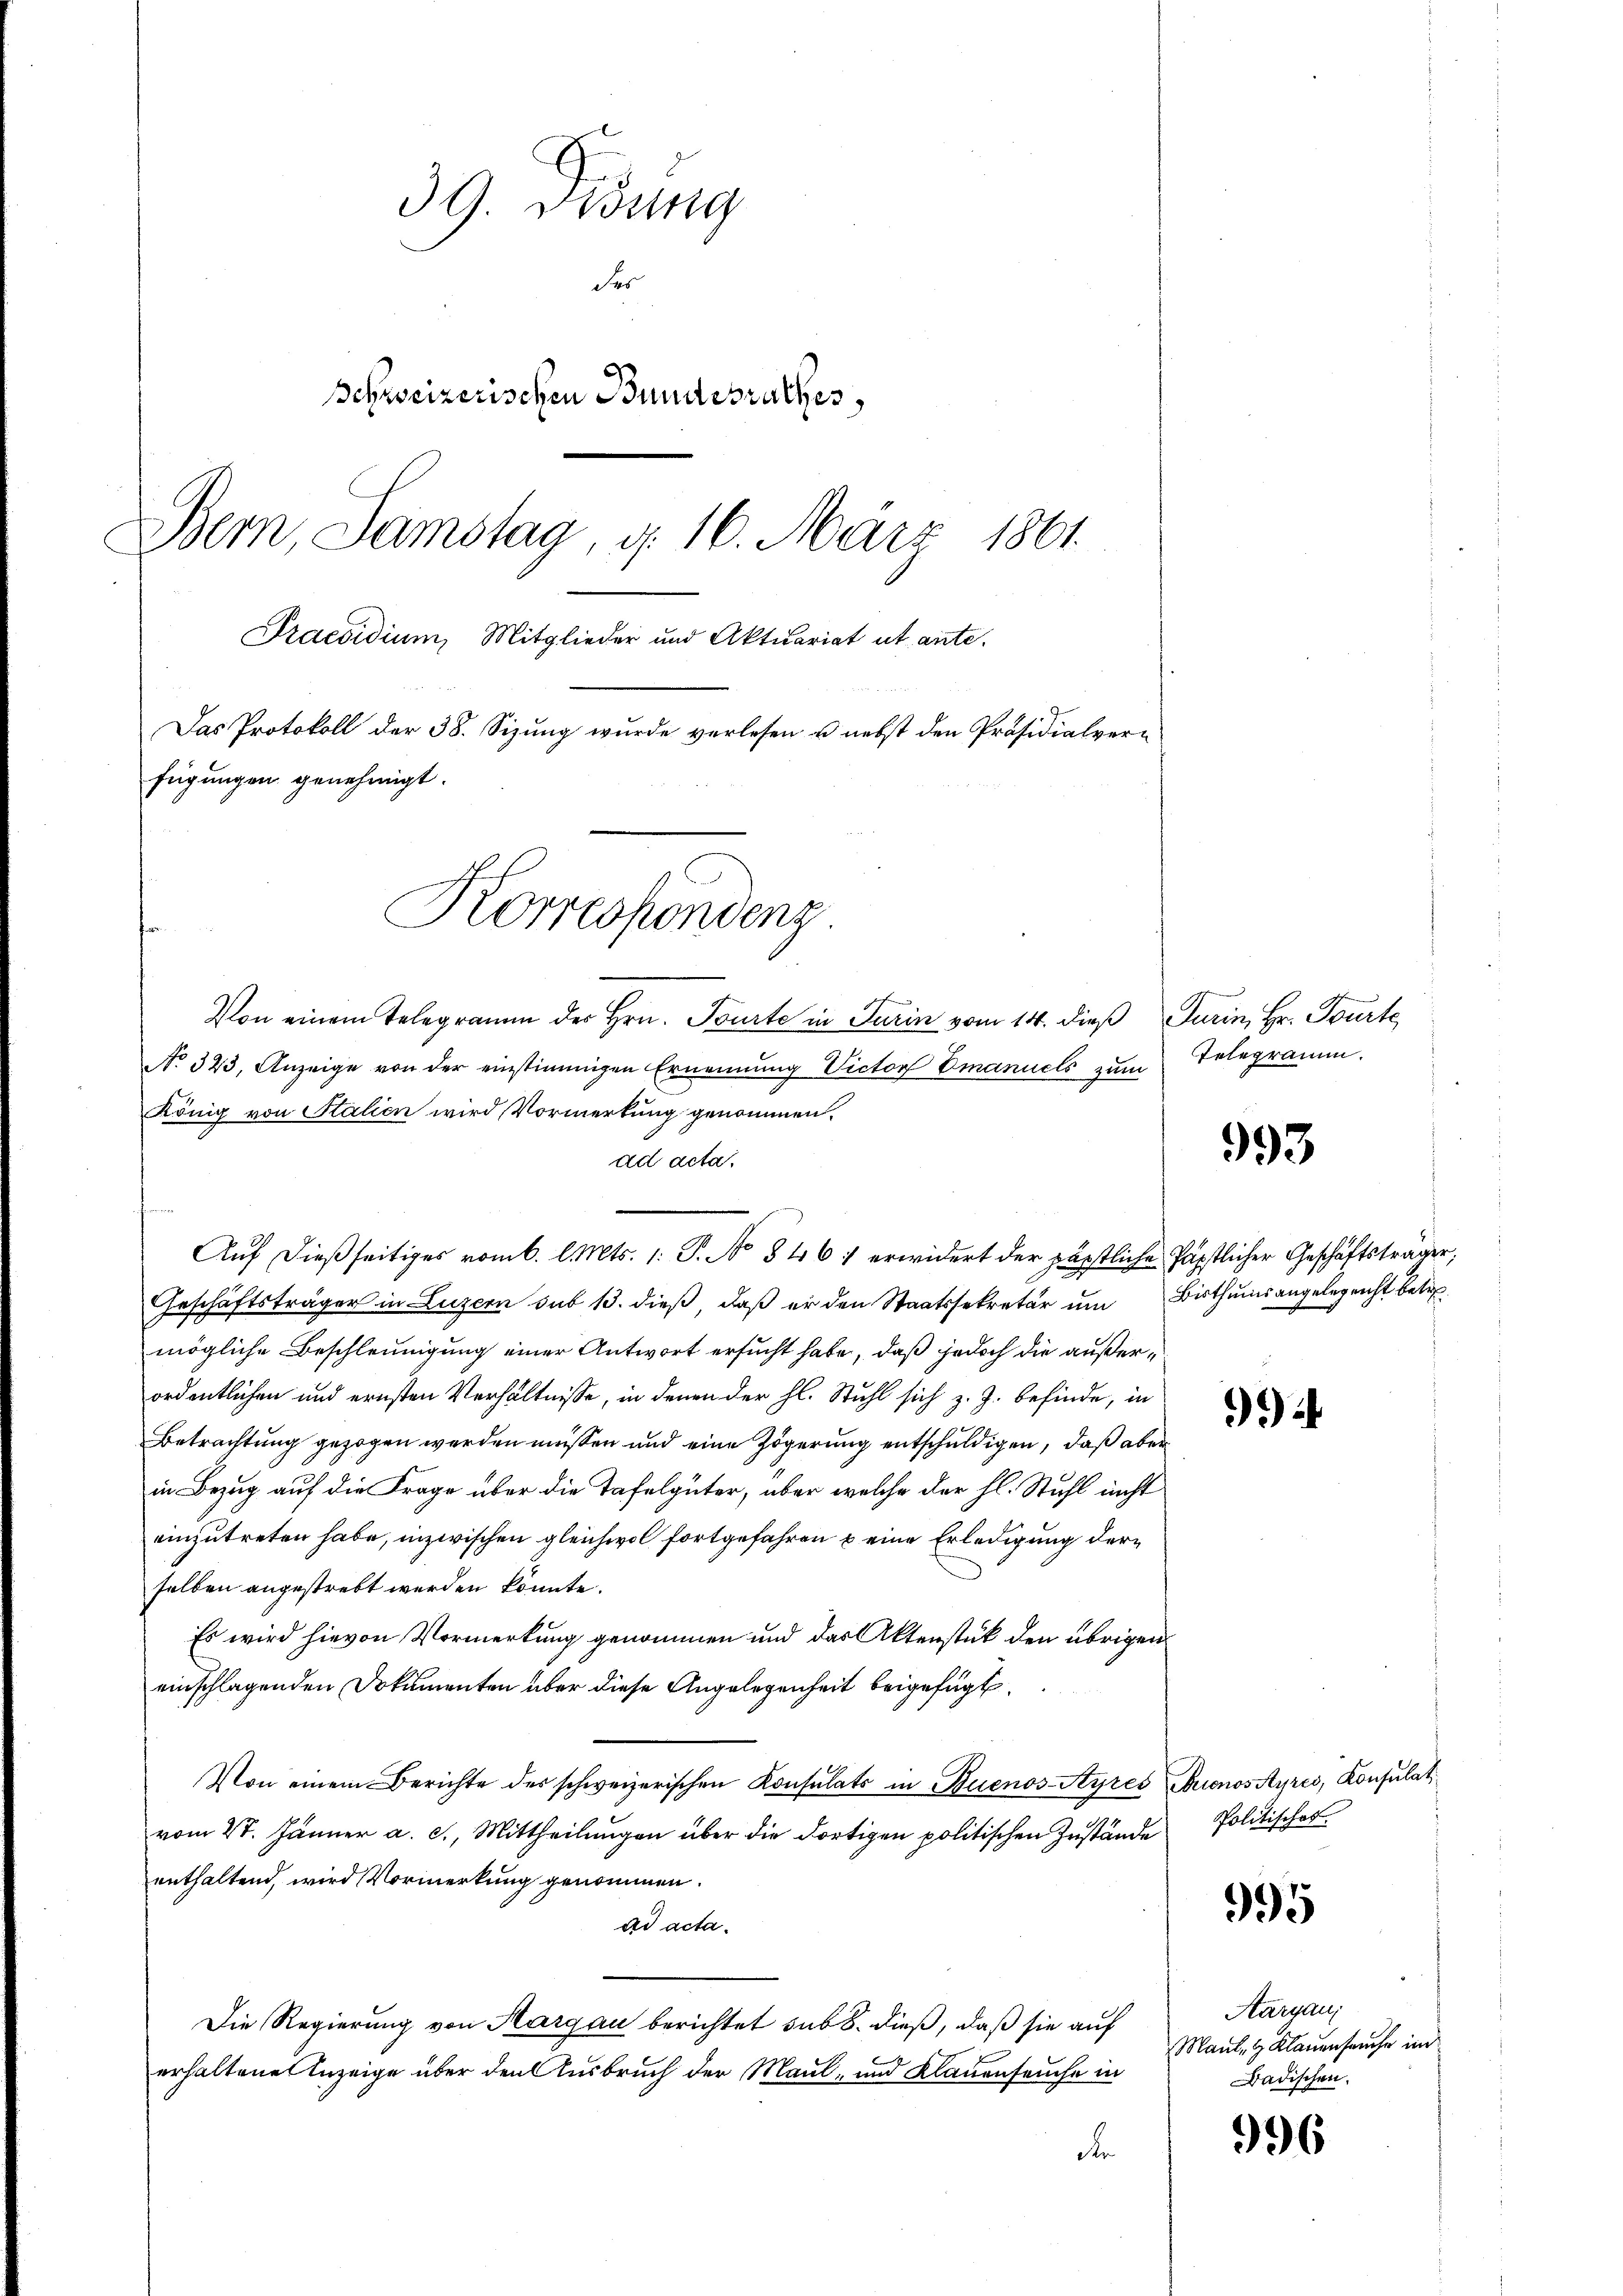
3G. Visung
der
Schweizerischen Bundesrathes
Bern, Samstag, d. 16. März 1861.
Praesidium, Mitglieder und Aktuariat ut ante-
Das Protokoll der 38. Sizung wurde verlesen u. nebst den Präsidialverfügungen genehmigt.
Korrespondenz

Auf dießseitiges vom 6. l. Mts. 1. P. No 846 1 erwidert der päpstliche Päpstlicher Geschäftsträger,
Geschäftsträger in Luzern sub 13. dieß, daß er den Staatssekretär um Bisthums angelegericht betre
mögliche Beschleunigung einer Antwort ersucht habe, daß jedoch die außerordentlichen und ernsten Verhältnisse, in denen der hl. Stuhl sich z. Z. befinde, in
Betrachtung gezogen werden müssen und eine Zögerung entschuldigen, daß aber
in Bezug auf die Frage über die Tafelgüter, aber welche der hl. Stuhl nicht
einzutreten habe, inzwischen gleichwol fortgefahren u eine Erledigung derselben angestrebt werden könnte.
Es wird hievon Vormerkung genommen und das Aktenstück den übrigen
einschlagenden Dokumenten über diese Angelegenheit beigefügt
Von einem Berichte des schweizerischen Konsulats in Buenos-Ayres Buenos Ayres, Konsulat
vom 27. Jänner a. c., Mittheilungen über die dortigen politischen Zustände
enthaltend, wird Vormerkung genommen.
ad acta.
Die Regierung von Aargau berichtet sub 8. dieß, daß sie auf
erhaltene Anzeige über den Ausbruch der Maul- und Klauenseuche in
d

Von einem Telegramm des Hrn. Tourte in Turin vom 14. dieß Turin, Hr. Tourte
No. 323. Anzeige von der einstimmigen Ernennung Victor Emanuels zum
König von Stalien wird Vormerkung genommen.
ad acta

Telegramm.

993

).

Politisches.

995

Aargau,
Maut, 4 Klauenseuche im
Badischen.

996